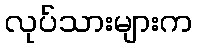
လုပ်သားများက